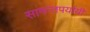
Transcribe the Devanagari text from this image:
सामन्तपर्यायी